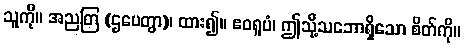
သူကို။ အညတြ (ဌပေတွာ)၊ ထား၍။ ဧဝရူပံ၊ ဤသို့သဘောရှိသော စိတ်ကို။